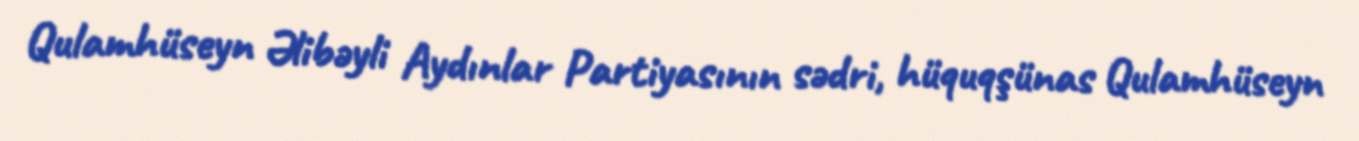
Qulamhüseyn Əlibəyli Aydınlar Partiyasının sədri, hüquqşünas Qulamhüseyn